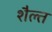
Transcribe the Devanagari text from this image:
शैल्त